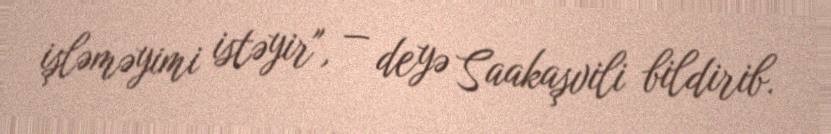
işləməyimi istəyir", — deyə Saakaşvili bildirib.